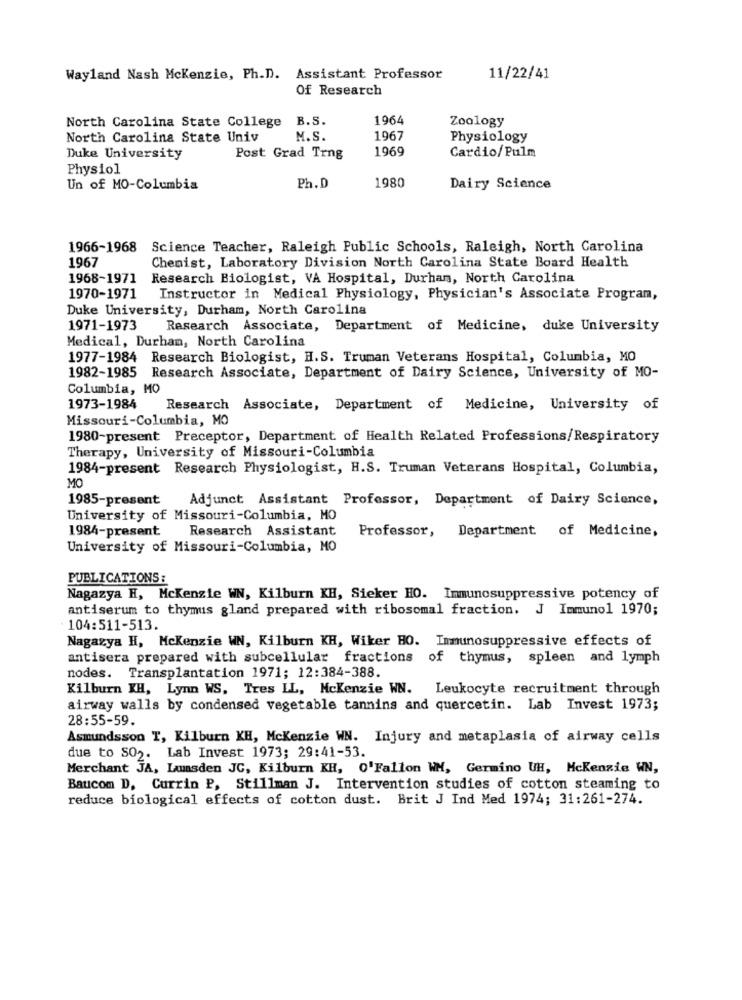
Wayland Nash Mckenzie, Ph.D. Assistant Professor
11/22/41
Of Research
North Carolina State College B.S.
1964
Zoology
North Carolina State Univ
M.S.
1967
Physiology
1969
Cardio/Pulm
Duke University
Post Grad Trng
Physiol
Un of MO-Columbia
Ph.D
1980
Dairy Science
1966-1968
Science Teacher, Raleigh Public Schools, Raleigh, North Carolina
1967
Chenist, Laboratory Division North Carolina State Board Health
1968-1971
Research Biologist, VA Hospital, Durham, North Carolina
1970-1971
Instructor in Medical Physiology, Physician's Associate Program,
Duke University, Durham, North Carolina
1971-1973
Research Associate, Department of Medicine, duke University
Medical, Durham, North Carolina
1977-1984 Research Biologist, H.S. Truman Veterans Hospital, Columbia, MO
1982-1985 Research Associate, Department of Dairy Science, University of MO-
Columbia, MO
1973-1984
Research Associate, Department of Medicine, University of
Missouri-Columbia, MO
1980-present Preceptor, Department of Health Related Professions/Respiratory
Therapy, University of Missouri-Columbia
1984-present Research Physiologist, H.S. Truman Veterans Hospital, Columbia,
MO
1985-present
Adjunct Assistant Professor, Department of Dairy Science,
University of Missouri-Columbia, MO
1984-present Research Assistant
Professor, Department of Medicine,
University of Missouri-Columbia, MO
PUBLICATIONS:
Nagazya H, Mckenzie WN, Kilburn KH, Sieker HO. Immunosuppressive potency of
antiserum to thymus gland prepared with ribosomal fraction. J Immunol 1970;
104:511-513.
Nagazya H, Mckenzie WN, Kilburn KH, Wiker HO. Immunosuppressive effects of
antisera prepared with subcellular fractions of thymus, spleen and lymph
nodes. Transplantation 1971; 12:384-388.
Kilburn KH, Lynn WS, Tres LL, Mckenzie WN. Leukocyte recruitment through
airway walls by condensed vegetable tannins and quercetin. Lab Invest 1973;
28:55-59.
Asmundsson T, Kilburn KH, Mckenzie WN. Injury and metaplasia of airway cells
due to SO2. Lab Invest 1973; 29:41-53.
Merchant JA, Laasden JC, Kilburn KH, 0'Fallon WH, Germino UH, Mckenzie WN,
Baucom D, Currin P, Stillman J. Intervention studies of cotton steaming to
reduce biological effects of cotton dust. Brit J Ind Med 1974; 31:261-274.